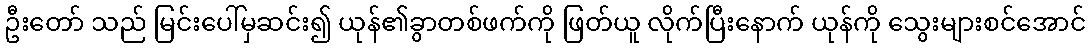
ဦးတော် သည် မြင်းပေါ်မှဆင်း၍ ယုန်၏ခွာတစ်ဖက်ကို ဖြတ်ယူ လိုက်ပြီးနောက် ယုန်ကို သွေးများစင်အောင်